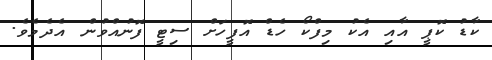
ކާޑު ކޮޕީ އާއި އެކު މިފްކޯ ހެޑް އޮފީހަށް ސިޓީ ފޮނުއްވުން އެދެމެވެ.